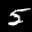
Label: 5